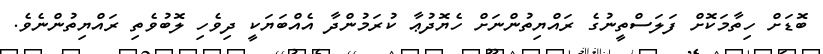
ބޮޑަށް ހިތާމަކޮށް ފަލަސްތީނުގެ ރައްޔިތުންނަށް ހެޔޮދުޢާ ކުރަމުންދާ އެއްބަޔަކީ ދިވެހި ލޮބުވެތި ރައްޔިތުންނެވެ.